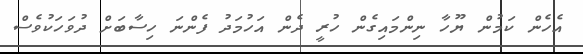
އެހެން ކަމުން ޔޫހާ ނިންމައިގެން ހުރީ ދެން އަހުމަދު ފެންނަ ހިސާބަށް ދުވަހަކުވެސް